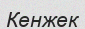
Кенжек